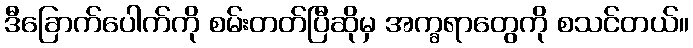
ဒီခြောက်ပေါက်ကို စမ်းတတ်ပြီဆိုမှ အက္ခရာတွေကို စသင်တယ်။